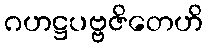
ဂဟဋ္ဌပဗ္ဗဇိတေဟိ